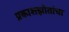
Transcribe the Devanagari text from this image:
प्रकाशझोतांचा